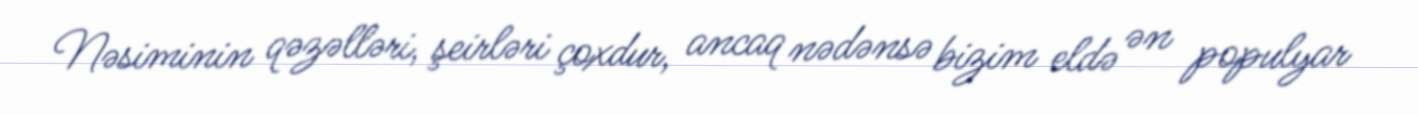
Nəsiminin qəzəlləri, şeirləri çoxdur, ancaq nədənsə bizim eldə ən populyar